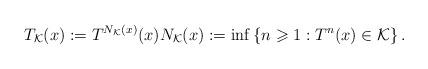
LaTeX: \begin{align*}T_{\mathcal{K}}(x):=T^{N_{\mathcal{K}}(x)}(x) N_{\mathcal{K}}(x):=\inf \left\{n \geqslant 1: T^{n}(x) \in \mathcal{K}\right\} .\end{align*}